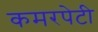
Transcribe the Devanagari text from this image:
कमरपेटी